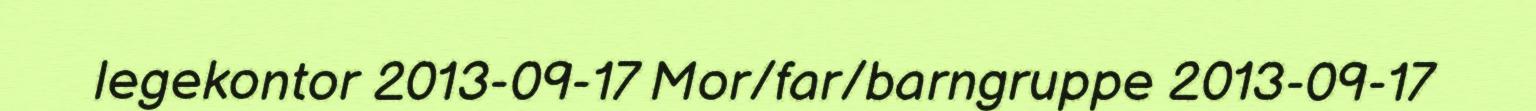
legekontor 2013-09-17 Mor/far/barngruppe 2013-09-17